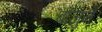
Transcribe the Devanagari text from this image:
बाजुनें